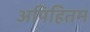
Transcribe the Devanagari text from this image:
अपिहितम